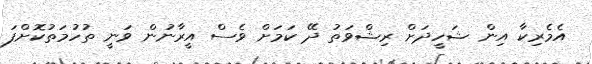
އެމެރިކާ އިން ޝަހީދަށް ރިޝްވަތު ދޭ ކަމަށް ވެސް އީރާނުން ވަނީ ތުހުމަތުކޮށްފަ